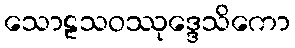
သောဠသဝဿုဒ္ဒေသိကော